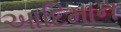
આદિમાન